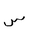
Letter: _sin